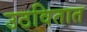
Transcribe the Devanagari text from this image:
उठवितात